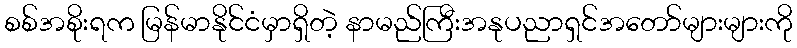
စစ်အစိုးရက မြန်မာနိုင်ငံမှာရှိတဲ့ နာမည်ကြီးအနုပညာရှင်အတော်များများကို